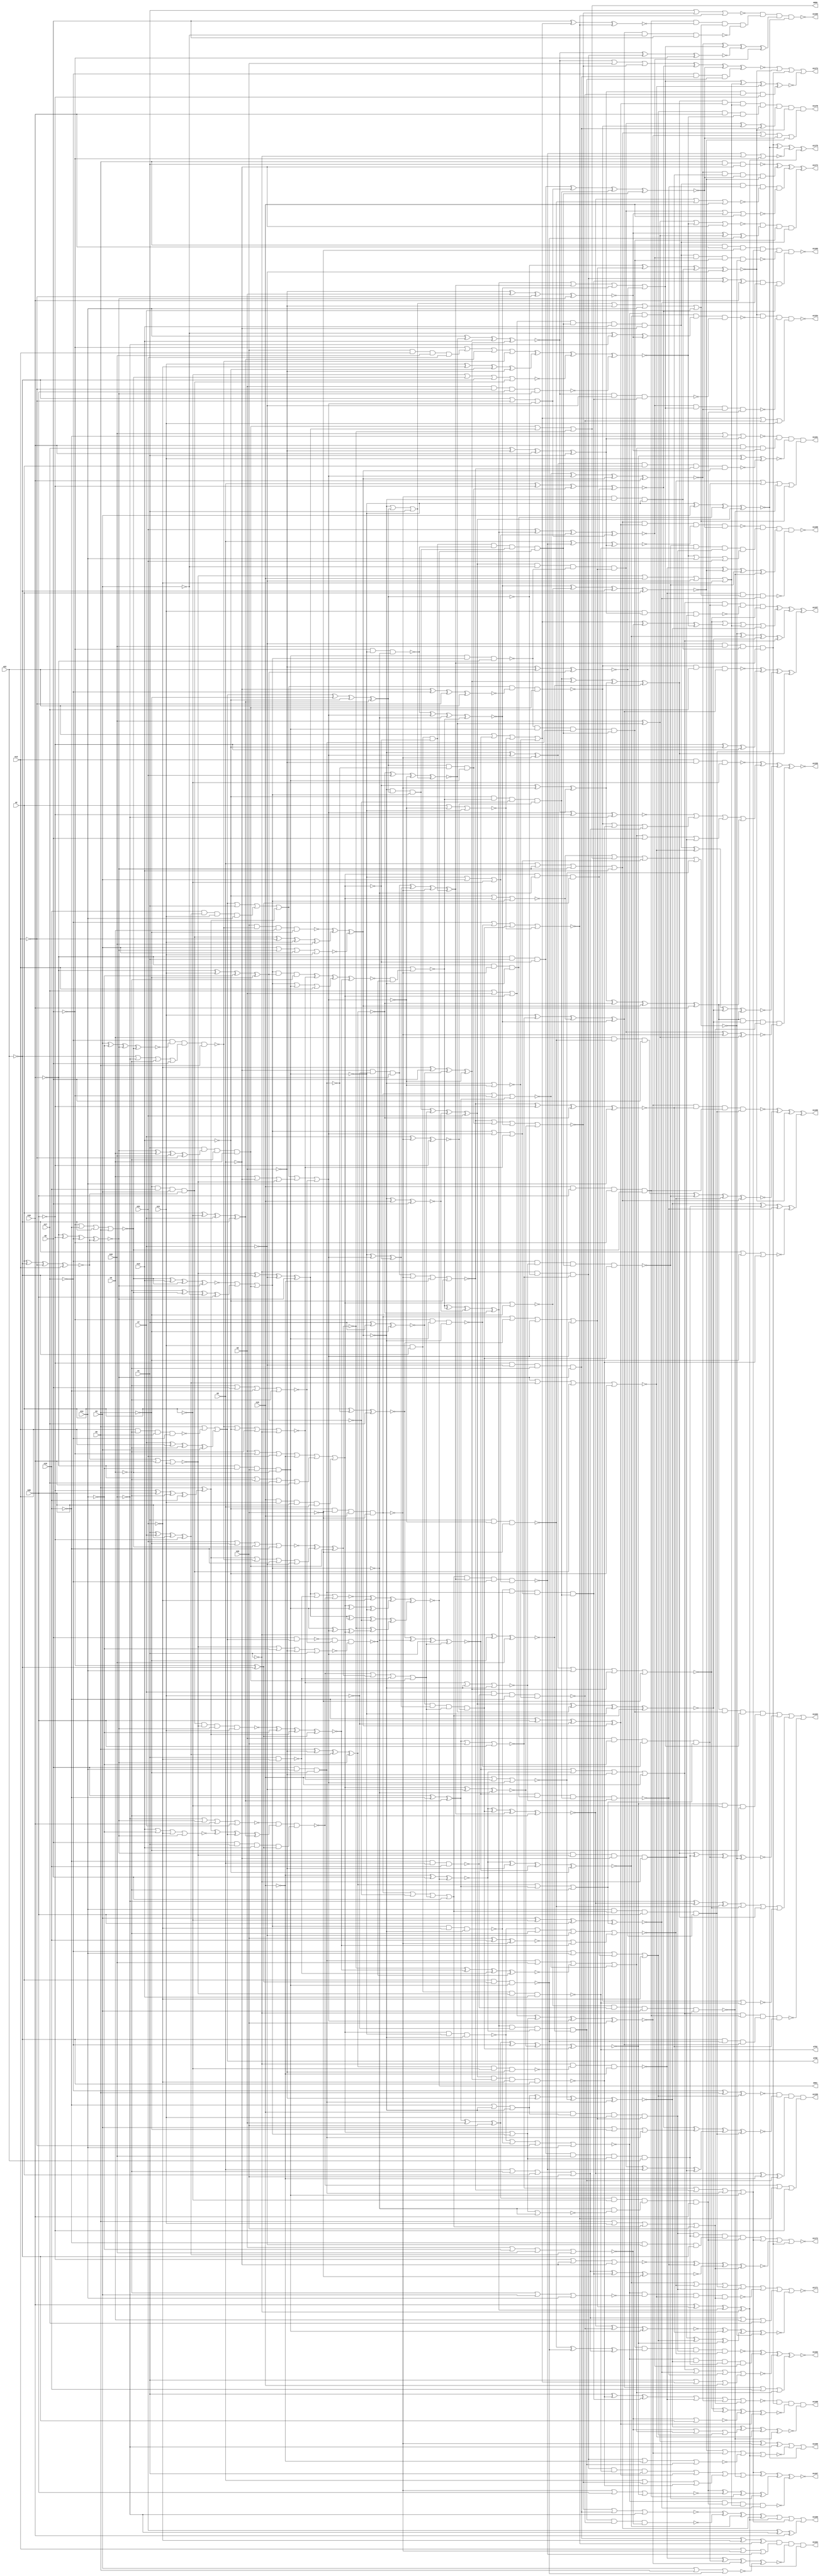
// Benchmark C:\Users\Lucas Nestor\Documents\osu\sp21\esl\circuit_generation\Stats\5_24_randomized_params\Stat_1153_20_2 written by SynthGen on 2021/05/24 19:42:17
module Stat_1153_20_2( n1, n2, n3, n4, n5, n6, n7, n8,
 n9, n10, n11, n12, n13, n14, n15, n16,
 n17, n18, n19, n20, n21, n22,
 n792, n798, n959, n961, n1163, n1162, n1174, n1157,
 n1156, n1159, n1172, n1169, n1171, n1158, n1164, n1161,
 n1165, n1173, n1166, n1154, n1175, n1167, n1168, n1155,
 n1160, n1170);

input n1, n2, n3, n4, n5, n6, n7, n8,
 n9, n10, n11, n12, n13, n14, n15, n16,
 n17, n18, n19, n20, n21, n22;

output n792, n798, n959, n961, n1163, n1162, n1174, n1157,
 n1156, n1159, n1172, n1169, n1171, n1158, n1164, n1161,
 n1165, n1173, n1166, n1154, n1175, n1167, n1168, n1155,
 n1160, n1170;

wire n23, n24, n25, n26, n27, n28, n29, n30,
 n31, n32, n33, n34, n35, n36, n37, n38,
 n39, n40, n41, n42, n43, n44, n45, n46,
 n47, n48, n49, n50, n51, n52, n53, n54,
 n55, n56, n57, n58, n59, n60, n61, n62,
 n63, n64, n65, n66, n67, n68, n69, n70,
 n71, n72, n73, n74, n75, n76, n77, n78,
 n79, n80, n81, n82, n83, n84, n85, n86,
 n87, n88, n89, n90, n91, n92, n93, n94,
 n95, n96, n97, n98, n99, n100, n101, n102,
 n103, n104, n105, n106, n107, n108, n109, n110,
 n111, n112, n113, n114, n115, n116, n117, n118,
 n119, n120, n121, n122, n123, n124, n125, n126,
 n127, n128, n129, n130, n131, n132, n133, n134,
 n135, n136, n137, n138, n139, n140, n141, n142,
 n143, n144, n145, n146, n147, n148, n149, n150,
 n151, n152, n153, n154, n155, n156, n157, n158,
 n159, n160, n161, n162, n163, n164, n165, n166,
 n167, n168, n169, n170, n171, n172, n173, n174,
 n175, n176, n177, n178, n179, n180, n181, n182,
 n183, n184, n185, n186, n187, n188, n189, n190,
 n191, n192, n193, n194, n195, n196, n197, n198,
 n199, n200, n201, n202, n203, n204, n205, n206,
 n207, n208, n209, n210, n211, n212, n213, n214,
 n215, n216, n217, n218, n219, n220, n221, n222,
 n223, n224, n225, n226, n227, n228, n229, n230,
 n231, n232, n233, n234, n235, n236, n237, n238,
 n239, n240, n241, n242, n243, n244, n245, n246,
 n247, n248, n249, n250, n251, n252, n253, n254,
 n255, n256, n257, n258, n259, n260, n261, n262,
 n263, n264, n265, n266, n267, n268, n269, n270,
 n271, n272, n273, n274, n275, n276, n277, n278,
 n279, n280, n281, n282, n283, n284, n285, n286,
 n287, n288, n289, n290, n291, n292, n293, n294,
 n295, n296, n297, n298, n299, n300, n301, n302,
 n303, n304, n305, n306, n307, n308, n309, n310,
 n311, n312, n313, n314, n315, n316, n317, n318,
 n319, n320, n321, n322, n323, n324, n325, n326,
 n327, n328, n329, n330, n331, n332, n333, n334,
 n335, n336, n337, n338, n339, n340, n341, n342,
 n343, n344, n345, n346, n347, n348, n349, n350,
 n351, n352, n353, n354, n355, n356, n357, n358,
 n359, n360, n361, n362, n363, n364, n365, n366,
 n367, n368, n369, n370, n371, n372, n373, n374,
 n375, n376, n377, n378, n379, n380, n381, n382,
 n383, n384, n385, n386, n387, n388, n389, n390,
 n391, n392, n393, n394, n395, n396, n397, n398,
 n399, n400, n401, n402, n403, n404, n405, n406,
 n407, n408, n409, n410, n411, n412, n413, n414,
 n415, n416, n417, n418, n419, n420, n421, n422,
 n423, n424, n425, n426, n427, n428, n429, n430,
 n431, n432, n433, n434, n435, n436, n437, n438,
 n439, n440, n441, n442, n443, n444, n445, n446,
 n447, n448, n449, n450, n451, n452, n453, n454,
 n455, n456, n457, n458, n459, n460, n461, n462,
 n463, n464, n465, n466, n467, n468, n469, n470,
 n471, n472, n473, n474, n475, n476, n477, n478,
 n479, n480, n481, n482, n483, n484, n485, n486,
 n487, n488, n489, n490, n491, n492, n493, n494,
 n495, n496, n497, n498, n499, n500, n501, n502,
 n503, n504, n505, n506, n507, n508, n509, n510,
 n511, n512, n513, n514, n515, n516, n517, n518,
 n519, n520, n521, n522, n523, n524, n525, n526,
 n527, n528, n529, n530, n531, n532, n533, n534,
 n535, n536, n537, n538, n539, n540, n541, n542,
 n543, n544, n545, n546, n547, n548, n549, n550,
 n551, n552, n553, n554, n555, n556, n557, n558,
 n559, n560, n561, n562, n563, n564, n565, n566,
 n567, n568, n569, n570, n571, n572, n573, n574,
 n575, n576, n577, n578, n579, n580, n581, n582,
 n583, n584, n585, n586, n587, n588, n589, n590,
 n591, n592, n593, n594, n595, n596, n597, n598,
 n599, n600, n601, n602, n603, n604, n605, n606,
 n607, n608, n609, n610, n611, n612, n613, n614,
 n615, n616, n617, n618, n619, n620, n621, n622,
 n623, n624, n625, n626, n627, n628, n629, n630,
 n631, n632, n633, n634, n635, n636, n637, n638,
 n639, n640, n641, n642, n643, n644, n645, n646,
 n647, n648, n649, n650, n651, n652, n653, n654,
 n655, n656, n657, n658, n659, n660, n661, n662,
 n663, n664, n665, n666, n667, n668, n669, n670,
 n671, n672, n673, n674, n675, n676, n677, n678,
 n679, n680, n681, n682, n683, n684, n685, n686,
 n687, n688, n689, n690, n691, n692, n693, n694,
 n695, n696, n697, n698, n699, n700, n701, n702,
 n703, n704, n705, n706, n707, n708, n709, n710,
 n711, n712, n713, n714, n715, n716, n717, n718,
 n719, n720, n721, n722, n723, n724, n725, n726,
 n727, n728, n729, n730, n731, n732, n733, n734,
 n735, n736, n737, n738, n739, n740, n741, n742,
 n743, n744, n745, n746, n747, n748, n749, n750,
 n751, n752, n753, n754, n755, n756, n757, n758,
 n759, n760, n761, n762, n763, n764, n765, n766,
 n767, n768, n769, n770, n771, n772, n773, n774,
 n775, n776, n777, n778, n779, n780, n781, n782,
 n783, n784, n785, n786, n787, n788, n789, n790,
 n791, n793, n794, n795, n796, n797, n799, n800,
 n801, n802, n803, n804, n805, n806, n807, n808,
 n809, n810, n811, n812, n813, n814, n815, n816,
 n817, n818, n819, n820, n821, n822, n823, n824,
 n825, n826, n827, n828, n829, n830, n831, n832,
 n833, n834, n835, n836, n837, n838, n839, n840,
 n841, n842, n843, n844, n845, n846, n847, n848,
 n849, n850, n851, n852, n853, n854, n855, n856,
 n857, n858, n859, n860, n861, n862, n863, n864,
 n865, n866, n867, n868, n869, n870, n871, n872,
 n873, n874, n875, n876, n877, n878, n879, n880,
 n881, n882, n883, n884, n885, n886, n887, n888,
 n889, n890, n891, n892, n893, n894, n895, n896,
 n897, n898, n899, n900, n901, n902, n903, n904,
 n905, n906, n907, n908, n909, n910, n911, n912,
 n913, n914, n915, n916, n917, n918, n919, n920,
 n921, n922, n923, n924, n925, n926, n927, n928,
 n929, n930, n931, n932, n933, n934, n935, n936,
 n937, n938, n939, n940, n941, n942, n943, n944,
 n945, n946, n947, n948, n949, n950, n951, n952,
 n953, n954, n955, n956, n957, n958, n960, n962,
 n963, n964, n965, n966, n967, n968, n969, n970,
 n971, n972, n973, n974, n975, n976, n977, n978,
 n979, n980, n981, n982, n983, n984, n985, n986,
 n987, n988, n989, n990, n991, n992, n993, n994,
 n995, n996, n997, n998, n999, n1000, n1001, n1002,
 n1003, n1004, n1005, n1006, n1007, n1008, n1009, n1010,
 n1011, n1012, n1013, n1014, n1015, n1016, n1017, n1018,
 n1019, n1020, n1021, n1022, n1023, n1024, n1025, n1026,
 n1027, n1028, n1029, n1030, n1031, n1032, n1033, n1034,
 n1035, n1036, n1037, n1038, n1039, n1040, n1041, n1042,
 n1043, n1044, n1045, n1046, n1047, n1048, n1049, n1050,
 n1051, n1052, n1053, n1054, n1055, n1056, n1057, n1058,
 n1059, n1060, n1061, n1062, n1063, n1064, n1065, n1066,
 n1067, n1068, n1069, n1070, n1071, n1072, n1073, n1074,
 n1075, n1076, n1077, n1078, n1079, n1080, n1081, n1082,
 n1083, n1084, n1085, n1086, n1087, n1088, n1089, n1090,
 n1091, n1092, n1093, n1094, n1095, n1096, n1097, n1098,
 n1099, n1100, n1101, n1102, n1103, n1104, n1105, n1106,
 n1107, n1108, n1109, n1110, n1111, n1112, n1113, n1114,
 n1115, n1116, n1117, n1118, n1119, n1120, n1121, n1122,
 n1123, n1124, n1125, n1126, n1127, n1128, n1129, n1130,
 n1131, n1132, n1133, n1134, n1135, n1136, n1137, n1138,
 n1139, n1140, n1141, n1142, n1143, n1144, n1145, n1146,
 n1147, n1148, n1149, n1150, n1151, n1152, n1153;

not  g0 (n107, n11);
not  g1 (n53, n10);
not  g2 (n98, n20);
buf  g3 (n84, n13);
not  g4 (n30, n4);
not  g5 (n93, n16);
buf  g6 (n102, n1);
not  g7 (n50, n17);
not  g8 (n96, n11);
buf  g9 (n54, n7);
buf  g10 (n68, n15);
buf  g11 (n88, n22);
not  g12 (n110, n1);
not  g13 (n82, n12);
not  g14 (n73, n5);
not  g15 (n33, n15);
not  g16 (n52, n19);
buf  g17 (n62, n11);
not  g18 (n46, n16);
not  g19 (n38, n12);
not  g20 (n61, n7);
buf  g21 (n70, n13);
not  g22 (n76, n10);
buf  g23 (n25, n4);
buf  g24 (n74, n4);
buf  g25 (n32, n3);
not  g26 (n80, n19);
not  g27 (n37, n4);
buf  g28 (n78, n8);
not  g29 (n75, n14);
buf  g30 (n35, n8);
buf  g31 (n44, n21);
not  g32 (n104, n13);
not  g33 (n55, n18);
buf  g34 (n72, n13);
not  g35 (n51, n19);
not  g36 (n95, n16);
buf  g37 (n42, n6);
not  g38 (n40, n10);
not  g39 (n36, n9);
not  g40 (n47, n21);
not  g41 (n87, n19);
buf  g42 (n45, n16);
buf  g43 (n86, n22);
not  g44 (n103, n17);
not  g45 (n100, n3);
buf  g46 (n34, n14);
buf  g47 (n79, n8);
buf  g48 (n31, n6);
buf  g49 (n94, n10);
not  g50 (n49, n2);
not  g51 (n43, n3);
buf  g52 (n83, n9);
not  g53 (n41, n15);
buf  g54 (n105, n12);
not  g55 (n90, n2);
buf  g56 (n92, n14);
not  g57 (n65, n3);
buf  g58 (n64, n21);
not  g59 (n27, n5);
not  g60 (n26, n5);
buf  g61 (n48, n18);
not  g62 (n77, n9);
buf  g63 (n85, n6);
not  g64 (n29, n17);
buf  g65 (n56, n7);
buf  g66 (n63, n5);
not  g67 (n24, n1);
not  g68 (n23, n18);
not  g69 (n60, n17);
not  g70 (n67, n20);
buf  g71 (n108, n22);
buf  g72 (n81, n7);
not  g73 (n69, n21);
buf  g74 (n97, n2);
buf  g75 (n99, n20);
buf  g76 (n106, n1);
buf  g77 (n57, n18);
not  g78 (n59, n20);
not  g79 (n91, n9);
buf  g80 (n66, n15);
not  g81 (n109, n22);
buf  g82 (n89, n8);
buf  g83 (n101, n12);
buf  g84 (n58, n11);
buf  g85 (n71, n6);
not  g86 (n28, n14);
buf  g87 (n39, n2);
not  g88 (n390, n88);
not  g89 (n241, n28);
buf  g90 (n113, n26);
not  g91 (n146, n44);
not  g92 (n298, n96);
buf  g93 (n315, n62);
buf  g94 (n358, n88);
not  g95 (n295, n67);
buf  g96 (n306, n97);
buf  g97 (n222, n87);
not  g98 (n258, n73);
buf  g99 (n225, n63);
not  g100 (n195, n98);
not  g101 (n294, n64);
not  g102 (n310, n99);
not  g103 (n169, n43);
buf  g104 (n190, n108);
not  g105 (n453, n65);
not  g106 (n249, n46);
buf  g107 (n205, n52);
not  g108 (n313, n40);
buf  g109 (n280, n67);
buf  g110 (n250, n36);
buf  g111 (n409, n88);
buf  g112 (n174, n60);
buf  g113 (n179, n92);
not  g114 (n121, n106);
not  g115 (n340, n92);
buf  g116 (n213, n32);
not  g117 (n426, n86);
buf  g118 (n286, n36);
not  g119 (n263, n27);
buf  g120 (n439, n58);
not  g121 (n383, n48);
not  g122 (n418, n75);
buf  g123 (n337, n82);
not  g124 (n207, n56);
not  g125 (n406, n81);
not  g126 (n323, n81);
buf  g127 (n212, n47);
buf  g128 (n376, n39);
buf  g129 (n299, n32);
buf  g130 (n118, n92);
not  g131 (n303, n81);
buf  g132 (n317, n68);
not  g133 (n292, n42);
not  g134 (n233, n70);
not  g135 (n437, n90);
not  g136 (n265, n105);
not  g137 (n279, n73);
not  g138 (n391, n24);
not  g139 (n287, n47);
not  g140 (n132, n24);
buf  g141 (n382, n48);
not  g142 (n341, n86);
buf  g143 (n304, n102);
buf  g144 (n434, n94);
not  g145 (n199, n66);
not  g146 (n264, n26);
buf  g147 (n202, n77);
buf  g148 (n324, n50);
not  g149 (n343, n78);
buf  g150 (n136, n28);
buf  g151 (n380, n103);
buf  g152 (n175, n61);
not  g153 (n411, n33);
buf  g154 (n447, n104);
buf  g155 (n442, n85);
buf  g156 (n262, n71);
buf  g157 (n374, n43);
buf  g158 (n339, n100);
buf  g159 (n452, n34);
buf  g160 (n415, n50);
buf  g161 (n256, n42);
buf  g162 (n166, n30);
buf  g163 (n230, n108);
buf  g164 (n328, n53);
not  g165 (n122, n80);
buf  g166 (n234, n32);
buf  g167 (n261, n80);
not  g168 (n384, n99);
buf  g169 (n318, n60);
buf  g170 (n257, n64);
not  g171 (n277, n66);
not  g172 (n274, n27);
buf  g173 (n289, n68);
not  g174 (n117, n88);
buf  g175 (n111, n57);
not  g176 (n236, n45);
buf  g177 (n240, n104);
not  g178 (n217, n83);
not  g179 (n346, n102);
not  g180 (n273, n74);
buf  g181 (n229, n67);
not  g182 (n260, n97);
not  g183 (n291, n51);
not  g184 (n319, n45);
not  g185 (n201, n40);
not  g186 (n284, n49);
not  g187 (n422, n108);
not  g188 (n177, n79);
buf  g189 (n367, n28);
buf  g190 (n401, n48);
buf  g191 (n393, n72);
buf  g192 (n191, n61);
not  g193 (n445, n97);
buf  g194 (n345, n41);
buf  g195 (n235, n71);
not  g196 (n246, n65);
buf  g197 (n115, n35);
not  g198 (n395, n44);
not  g199 (n369, n95);
buf  g200 (n278, n41);
not  g201 (n377, n107);
buf  g202 (n413, n55);
buf  g203 (n128, n35);
buf  g204 (n251, n80);
buf  g205 (n275, n83);
not  g206 (n316, n106);
buf  g207 (n360, n101);
not  g208 (n402, n84);
buf  g209 (n145, n75);
not  g210 (n446, n77);
buf  g211 (n267, n69);
buf  g212 (n160, n37);
buf  g213 (n331, n49);
not  g214 (n206, n64);
buf  g215 (n405, n23);
not  g216 (n435, n93);
not  g217 (n397, n37);
not  g218 (n394, n25);
buf  g219 (n255, n59);
buf  g220 (n165, n45);
not  g221 (n125, n53);
not  g222 (n215, n89);
buf  g223 (n312, n69);
buf  g224 (n432, n62);
buf  g225 (n444, n75);
buf  g226 (n149, n31);
not  g227 (n144, n89);
buf  g228 (n398, n78);
buf  g229 (n150, n96);
buf  g230 (n158, n23);
buf  g231 (n112, n37);
not  g232 (n335, n38);
buf  g233 (n300, n101);
not  g234 (n427, n41);
buf  g235 (n410, n47);
not  g236 (n269, n69);
buf  g237 (n147, n57);
not  g238 (n407, n37);
not  g239 (n314, n98);
not  g240 (n363, n57);
not  g241 (n139, n96);
not  g242 (n424, n56);
buf  g243 (n354, n99);
not  g244 (n387, n79);
buf  g245 (n211, n87);
not  g246 (n309, n67);
not  g247 (n326, n42);
buf  g248 (n414, n84);
buf  g249 (n214, n28);
buf  g250 (n428, n27);
buf  g251 (n378, n91);
buf  g252 (n172, n51);
not  g253 (n259, n39);
not  g254 (n334, n52);
not  g255 (n403, n93);
buf  g256 (n436, n43);
buf  g257 (n220, n96);
buf  g258 (n219, n71);
not  g259 (n283, n84);
buf  g260 (n288, n70);
buf  g261 (n140, n95);
not  g262 (n189, n77);
not  g263 (n182, n59);
buf  g264 (n336, n86);
buf  g265 (n124, n108);
buf  g266 (n218, n59);
not  g267 (n114, n102);
buf  g268 (n448, n68);
buf  g269 (n252, n92);
not  g270 (n186, n107);
buf  g271 (n173, n30);
buf  g272 (n420, n103);
buf  g273 (n359, n80);
not  g274 (n171, n70);
buf  g275 (n194, n90);
not  g276 (n440, n40);
buf  g277 (n301, n107);
buf  g278 (n221, n40);
buf  g279 (n148, n86);
not  g280 (n272, n24);
buf  g281 (n242, n29);
buf  g282 (n399, n34);
buf  g283 (n170, n23);
buf  g284 (n181, n41);
buf  g285 (n308, n79);
not  g286 (n167, n51);
not  g287 (n133, n106);
buf  g288 (n322, n61);
not  g289 (n438, n56);
buf  g290 (n404, n104);
buf  g291 (n227, n25);
not  g292 (n385, n87);
buf  g293 (n356, n25);
buf  g294 (n134, n91);
not  g295 (n184, n85);
buf  g296 (n126, n61);
buf  g297 (n327, n39);
not  g298 (n163, n72);
buf  g299 (n130, n105);
not  g300 (n187, n33);
buf  g301 (n325, n34);
not  g302 (n129, n101);
buf  g303 (n281, n58);
buf  g304 (n381, n83);
buf  g305 (n348, n82);
not  g306 (n153, n53);
not  g307 (n450, n45);
not  g308 (n154, n100);
buf  g309 (n231, n55);
buf  g310 (n425, n62);
not  g311 (n349, n47);
buf  g312 (n423, n50);
not  g313 (n197, n94);
buf  g314 (n185, n49);
not  g315 (n350, n33);
buf  g316 (n237, n75);
buf  g317 (n151, n69);
buf  g318 (n178, n81);
not  g319 (n243, n78);
not  g320 (n386, n43);
not  g321 (n198, n105);
buf  g322 (n276, n85);
not  g323 (n296, n72);
not  g324 (n152, n103);
not  g325 (n375, n55);
buf  g326 (n372, n104);
buf  g327 (n364, n63);
not  g328 (n142, n46);
buf  g329 (n119, n58);
buf  g330 (n270, n91);
not  g331 (n311, n36);
buf  g332 (n183, n97);
buf  g333 (n266, n68);
not  g334 (n138, n73);
not  g335 (n431, n66);
buf  g336 (n379, n54);
not  g337 (n305, n31);
buf  g338 (n164, n38);
buf  g339 (n408, n30);
not  g340 (n362, n93);
buf  g341 (n338, n106);
not  g342 (n451, n100);
not  g343 (n247, n38);
not  g344 (n200, n53);
not  g345 (n392, n89);
buf  g346 (n429, n63);
buf  g347 (n188, n77);
not  g348 (n176, n27);
buf  g349 (n293, n101);
not  g350 (n253, n55);
not  g351 (n123, n38);
not  g352 (n141, n52);
buf  g353 (n344, n46);
buf  g354 (n120, n54);
not  g355 (n290, n70);
not  g356 (n239, n62);
not  g357 (n333, n29);
not  g358 (n271, n78);
not  g359 (n155, n36);
not  g360 (n297, n71);
buf  g361 (n371, n74);
not  g362 (n357, n44);
not  g363 (n370, n79);
buf  g364 (n159, n94);
buf  g365 (n208, n76);
not  g366 (n400, n34);
not  g367 (n162, n103);
buf  g368 (n116, n31);
not  g369 (n342, n59);
not  g370 (n389, n99);
buf  g371 (n285, n54);
buf  g372 (n204, n85);
not  g373 (n366, n48);
buf  g374 (n449, n52);
buf  g375 (n302, n60);
buf  g376 (n210, n90);
not  g377 (n223, n63);
buf  g378 (n421, n107);
not  g379 (n396, n29);
buf  g380 (n388, n51);
not  g381 (n307, n74);
not  g382 (n216, n42);
not  g383 (n203, n105);
not  g384 (n127, n26);
buf  g385 (n196, n87);
buf  g386 (n137, n58);
buf  g387 (n282, n102);
buf  g388 (n321, n94);
buf  g389 (n180, n72);
not  g390 (n254, n60);
not  g391 (n168, n76);
buf  g392 (n228, n24);
not  g393 (n245, n25);
not  g394 (n238, n100);
not  g395 (n192, n44);
not  g396 (n143, n56);
buf  g397 (n351, n91);
not  g398 (n419, n54);
not  g399 (n365, n49);
buf  g400 (n248, n26);
buf  g401 (n209, n30);
not  g402 (n330, n23);
not  g403 (n268, n76);
buf  g404 (n454, n82);
buf  g405 (n441, n29);
buf  g406 (n433, n50);
not  g407 (n443, n98);
buf  g408 (n347, n98);
not  g409 (n329, n82);
not  g410 (n131, n31);
buf  g411 (n430, n90);
not  g412 (n353, n32);
not  g413 (n412, n46);
not  g414 (n361, n66);
not  g415 (n224, n95);
buf  g416 (n193, n35);
not  g417 (n135, n95);
buf  g418 (n416, n84);
buf  g419 (n156, n73);
not  g420 (n161, n83);
not  g421 (n373, n64);
not  g422 (n232, n39);
buf  g423 (n332, n74);
not  g424 (n320, n65);
buf  g425 (n157, n33);
not  g426 (n417, n93);
not  g427 (n226, n76);
not  g428 (n244, n89);
buf  g429 (n368, n57);
buf  g430 (n355, n65);
not  g431 (n352, n35);
buf  g432 (n628, n234);
buf  g433 (n587, n122);
buf  g434 (n675, n373);
buf  g435 (n667, n315);
buf  g436 (n676, n238);
buf  g437 (n589, n254);
not  g438 (n478, n236);
buf  g439 (n653, n211);
not  g440 (n641, n216);
not  g441 (n548, n282);
buf  g442 (n522, n165);
not  g443 (n688, n155);
buf  g444 (n605, n276);
not  g445 (n476, n219);
buf  g446 (n511, n372);
not  g447 (n582, n330);
buf  g448 (n669, n308);
buf  g449 (n594, n240);
not  g450 (n515, n239);
buf  g451 (n520, n264);
buf  g452 (n693, n167);
not  g453 (n492, n251);
not  g454 (n531, n337);
not  g455 (n483, n280);
buf  g456 (n664, n255);
buf  g457 (n597, n363);
not  g458 (n622, n192);
not  g459 (n464, n183);
not  g460 (n658, n268);
buf  g461 (n497, n299);
not  g462 (n636, n375);
not  g463 (n460, n259);
not  g464 (n543, n289);
buf  g465 (n540, n343);
not  g466 (n500, n179);
not  g467 (n640, n228);
not  g468 (n561, n168);
buf  g469 (n519, n116);
not  g470 (n706, n333);
buf  g471 (n612, n172);
not  g472 (n717, n244);
buf  g473 (n484, n344);
buf  g474 (n506, n233);
buf  g475 (n526, n341);
not  g476 (n695, n279);
not  g477 (n678, n128);
buf  g478 (n595, n366);
buf  g479 (n538, n371);
buf  g480 (n643, n326);
buf  g481 (n705, n121);
not  g482 (n498, n209);
buf  g483 (n701, n364);
not  g484 (n647, n367);
not  g485 (n603, n360);
buf  g486 (n635, n295);
buf  g487 (n652, n294);
not  g488 (n475, n150);
not  g489 (n558, n374);
not  g490 (n691, n277);
not  g491 (n720, n114);
not  g492 (n521, n199);
not  g493 (n474, n307);
not  g494 (n586, n328);
buf  g495 (n591, n217);
buf  g496 (n549, n313);
not  g497 (n513, n296);
not  g498 (n662, n317);
buf  g499 (n651, n169);
buf  g500 (n655, n229);
not  g501 (n683, n113);
buf  g502 (n562, n298);
buf  g503 (n629, n250);
buf  g504 (n479, n325);
buf  g505 (n552, n272);
buf  g506 (n539, n306);
buf  g507 (n670, n186);
buf  g508 (n523, n348);
buf  g509 (n510, n257);
buf  g510 (n639, n245);
buf  g511 (n455, n370);
not  g512 (n596, n133);
buf  g513 (n686, n349);
buf  g514 (n546, n119);
not  g515 (n576, n120);
not  g516 (n575, n231);
not  g517 (n713, n152);
buf  g518 (n637, n124);
not  g519 (n490, n287);
buf  g520 (n516, n300);
not  g521 (n661, n178);
not  g522 (n602, n158);
buf  g523 (n660, n314);
not  g524 (n610, n278);
buf  g525 (n709, n241);
buf  g526 (n710, n196);
buf  g527 (n617, n310);
buf  g528 (n625, n157);
not  g529 (n524, n204);
buf  g530 (n545, n146);
not  g531 (n489, n225);
not  g532 (n493, n297);
buf  g533 (n703, n227);
not  g534 (n467, n352);
buf  g535 (n465, n160);
buf  g536 (n624, n362);
buf  g537 (n495, n164);
not  g538 (n699, n135);
not  g539 (n459, n347);
buf  g540 (n588, n291);
buf  g541 (n638, n117);
buf  g542 (n657, n329);
not  g543 (n674, n324);
buf  g544 (n541, n214);
buf  g545 (n557, n187);
not  g546 (n583, n208);
not  g547 (n700, n321);
not  g548 (n466, n185);
not  g549 (n572, n207);
not  g550 (n458, n200);
not  g551 (n611, n222);
not  g552 (n554, n191);
buf  g553 (n537, n145);
buf  g554 (n716, n248);
not  g555 (n619, n267);
not  g556 (n618, n170);
not  g557 (n707, n127);
not  g558 (n491, n198);
buf  g559 (n461, n184);
not  g560 (n507, n258);
buf  g561 (n579, n355);
not  g562 (n599, n223);
buf  g563 (n604, n327);
not  g564 (n494, n309);
buf  g565 (n573, n288);
not  g566 (n477, n115);
buf  g567 (n518, n320);
not  g568 (n634, n260);
buf  g569 (n690, n205);
buf  g570 (n616, n273);
not  g571 (n481, n190);
not  g572 (n566, n256);
buf  g573 (n470, n351);
buf  g574 (n463, n141);
not  g575 (n544, n318);
not  g576 (n711, n226);
buf  g577 (n666, n266);
not  g578 (n528, n206);
buf  g579 (n584, n131);
not  g580 (n712, n215);
not  g581 (n564, n130);
not  g582 (n512, n358);
buf  g583 (n677, n175);
buf  g584 (n646, n147);
buf  g585 (n472, n247);
not  g586 (n671, n177);
buf  g587 (n719, n243);
not  g588 (n456, n202);
not  g589 (n650, n357);
buf  g590 (n680, n249);
buf  g591 (n697, n305);
buf  g592 (n621, n335);
buf  g593 (n536, n189);
buf  g594 (n718, n353);
buf  g595 (n694, n293);
not  g596 (n644, n144);
buf  g597 (n482, n230);
buf  g598 (n567, n292);
not  g599 (n708, n159);
not  g600 (n613, n336);
not  g601 (n684, n220);
not  g602 (n468, n193);
not  g603 (n620, n376);
buf  g604 (n606, n261);
not  g605 (n608, n224);
not  g606 (n668, n125);
not  g607 (n626, n232);
not  g608 (n714, n302);
buf  g609 (n601, n195);
buf  g610 (n457, n162);
buf  g611 (n574, n253);
buf  g612 (n535, n369);
not  g613 (n673, n180);
buf  g614 (n679, n161);
not  g615 (n532, n118);
buf  g616 (n631, n286);
not  g617 (n698, n213);
buf  g618 (n559, n263);
not  g619 (n501, n181);
buf  g620 (n663, n111);
buf  g621 (n517, n359);
not  g622 (n496, n346);
not  g623 (n530, n342);
buf  g624 (n534, n163);
buf  g625 (n682, n140);
not  g626 (n615, n143);
not  g627 (n648, n194);
buf  g628 (n485, n262);
not  g629 (n642, n174);
buf  g630 (n614, n156);
not  g631 (n565, n271);
not  g632 (n715, n284);
not  g633 (n585, n301);
buf  g634 (n627, n126);
buf  g635 (n581, n138);
not  g636 (n488, n149);
not  g637 (n471, n123);
buf  g638 (n480, n265);
not  g639 (n609, n203);
not  g640 (n499, n171);
buf  g641 (n578, n212);
buf  g642 (n577, n303);
not  g643 (n509, n345);
not  g644 (n473, n323);
buf  g645 (n630, n142);
buf  g646 (n503, n129);
not  g647 (n702, n350);
not  g648 (n681, n356);
not  g649 (n696, n237);
buf  g650 (n462, n270);
not  g651 (n659, n153);
not  g652 (n689, n112);
buf  g653 (n555, n197);
not  g654 (n560, n368);
buf  g655 (n704, n331);
not  g656 (n533, n274);
buf  g657 (n486, n173);
buf  g658 (n563, n201);
buf  g659 (n656, n188);
not  g660 (n571, n285);
buf  g661 (n502, n242);
buf  g662 (n525, n269);
not  g663 (n580, n275);
buf  g664 (n529, n137);
not  g665 (n547, n339);
buf  g666 (n514, n136);
not  g667 (n504, n134);
buf  g668 (n672, n154);
not  g669 (n665, n361);
not  g670 (n550, n332);
buf  g671 (n632, n304);
not  g672 (n487, n252);
buf  g673 (n592, n132);
buf  g674 (n553, n166);
not  g675 (n654, n139);
not  g676 (n568, n311);
buf  g677 (n607, n218);
buf  g678 (n593, n354);
not  g679 (n556, n221);
buf  g680 (n623, n338);
not  g681 (n570, n148);
buf  g682 (n692, n246);
not  g683 (n687, n151);
not  g684 (n590, n283);
buf  g685 (n551, n334);
buf  g686 (n508, n319);
buf  g687 (n542, n235);
not  g688 (n569, n290);
buf  g689 (n598, n322);
buf  g690 (n505, n182);
not  g691 (n685, n176);
buf  g692 (n600, n316);
not  g693 (n469, n340);
not  g694 (n633, n365);
buf  g695 (n527, n210);
not  g696 (n645, n281);
buf  g697 (n649, n312);
not  g698 (n732, n456);
not  g699 (n724, n474);
buf  g700 (n740, n109);
buf  g701 (n731, n465);
not  g702 (n738, n458);
not  g703 (n726, n470);
not  g704 (n734, n467);
not  g705 (n727, n110);
buf  g706 (n736, n469);
not  g707 (n741, n110);
buf  g708 (n737, n461);
not  g709 (n739, n462);
not  g710 (n728, n463);
buf  g711 (n723, n475);
not  g712 (n729, n455);
buf  g713 (n722, n459);
not  g714 (n725, n457);
buf  g715 (n735, n110);
xor  g716 (n733, n468, n109);
xnor g717 (n721, n466, n109, n471, n472);
xor  g718 (n730, n460, n464, n473, n109);
nor  g719 (n744, n387, n388, n390, n381);
and  g720 (n743, n378, n385, n386, n721);
xnor g721 (n742, n391, n379, n722, n389);
nor  g722 (n745, n721, n721, n382, n377);
xor  g723 (n746, n383, n384, n380, n721);
buf  g724 (n756, n744);
buf  g725 (n754, n745);
buf  g726 (n752, n743);
not  g727 (n750, n746);
buf  g728 (n755, n745);
buf  g729 (n753, n744);
not  g730 (n748, n746);
not  g731 (n751, n746);
not  g732 (n749, n742);
not  g733 (n747, n746);
or   g734 (n757, n570, n555, n724, n565);
xnor g735 (n769, n756, n573, n753, n748);
and  g736 (n767, n509, n723, n722, n559);
or   g737 (n796, n581, n748, n750, n499);
nor  g738 (n766, n569, n537, n545, n747);
and  g739 (n764, n492, n749, n723, n479);
nand g740 (n792, n562, n481, n755, n513);
and  g741 (n794, n501, n483, n477, n753);
xnor g742 (n784, n533, n502, n564, n482);
xnor g743 (n773, n560, n529, n514, n568);
nor  g744 (n787, n519, n500, n556, n749);
xor  g745 (n776, n486, n756, n579, n722);
nor  g746 (n775, n561, n751, n574, n554);
or   g747 (n786, n520, n724, n539, n522);
and  g748 (n785, n582, n532, n535, n753);
nand g749 (n770, n542, n480, n505, n750);
or   g750 (n774, n498, n507, n755);
xor  g751 (n779, n752, n495, n546, n563);
xor  g752 (n758, n572, n516, n724, n547);
and  g753 (n790, n530, n577, n724, n747);
nor  g754 (n793, n750, n749, n752, n511);
or   g755 (n795, n755, n557, n576, n578);
xnor g756 (n781, n536, n566, n749, n747);
and  g757 (n771, n506, n508, n521, n484);
nand g758 (n762, n752, n754, n751, n515);
xor  g759 (n780, n723, n490, n534, n524);
xor  g760 (n760, n494, n722, n553, n551);
xnor g761 (n791, n567, n493, n523, n751);
xnor g762 (n783, n754, n512, n571, n748);
nor  g763 (n778, n525, n580, n753, n517);
nand g764 (n761, n531, n550, n504, n725);
nor  g765 (n772, n558, n751, n497, n723);
nor  g766 (n777, n754, n541, n488, n496);
xor  g767 (n788, n544, n476, n575, n552);
xnor g768 (n759, n518, n487, n748, n756);
and  g769 (n765, n478, n491, n583, n510);
and  g770 (n789, n750, n754, n489, n548);
xor  g771 (n763, n747, n538, n549, n503);
nor  g772 (n768, n527, n756, n526, n752);
or   g773 (n782, n485, n540, n528, n543);
xor  g774 (n801, n726, n760);
buf  g775 (n799, n727);
or   g776 (n798, n726, n726, n761, n758);
nor  g777 (n797, n727, n725);
nand g778 (n800, n725, n759, n757, n726);
nand g779 (n806, n799, n395);
nand g780 (n805, n729, n798);
nand g781 (n802, n403, n800, n407, n732);
xor  g782 (n810, n801, n766, n798, n730);
xnor g783 (n803, n762, n400, n801, n733);
nor  g784 (n816, n800, n404, n731, n110);
and  g785 (n807, n729, n799, n393, n733);
nand g786 (n814, n729, n399, n732);
xor  g787 (n817, n798, n732, n402, n730);
or   g788 (n808, n801, n800, n728, n406);
or   g789 (n811, n798, n799, n764, n801);
or   g790 (n809, n405, n731, n396, n401);
or   g791 (n804, n392, n765, n730, n800);
xor  g792 (n815, n398, n728, n730);
and  g793 (n813, n799, n763, n731, n397);
nor  g794 (n812, n731, n729, n728, n394);
buf  g795 (n820, n785);
buf  g796 (n826, n803);
buf  g797 (n823, n771);
not  g798 (n830, n783);
buf  g799 (n828, n806);
not  g800 (n824, n781);
buf  g801 (n831, n813);
not  g802 (n825, n773);
or   g803 (n822, n811, n774, n812);
or   g804 (n821, n769, n776, n813);
xnor g805 (n827, n778, n808, n813);
nand g806 (n834, n811, n784, n813);
or   g807 (n819, n782, n809, n767);
xor  g808 (n818, n802, n779, n772);
nand g809 (n832, n775, n810, n807);
nand g810 (n829, n805, n812, n777);
xnor g811 (n833, n804, n780, n768, n770);
buf  g812 (n841, n819);
buf  g813 (n852, n819);
not  g814 (n843, n822);
buf  g815 (n856, n822);
not  g816 (n854, n823);
not  g817 (n835, n818);
buf  g818 (n838, n822);
buf  g819 (n851, n822);
not  g820 (n853, n820);
buf  g821 (n855, n821);
not  g822 (n839, n823);
not  g823 (n850, n820);
buf  g824 (n849, n821);
buf  g825 (n848, n820);
not  g826 (n837, n818);
not  g827 (n846, n818);
buf  g828 (n844, n819);
not  g829 (n836, n818);
not  g830 (n840, n819);
buf  g831 (n842, n821);
buf  g832 (n845, n820);
not  g833 (n847, n821);
buf  g834 (n864, n816);
buf  g835 (n872, n823);
not  g836 (n882, n851);
not  g837 (n893, n836);
not  g838 (n873, n824);
not  g839 (n930, n607);
not  g840 (n943, n601);
buf  g841 (n892, n637);
not  g842 (n890, n590);
not  g843 (n917, n845);
not  g844 (n895, n837);
buf  g845 (n885, n838);
not  g846 (n939, n814);
buf  g847 (n867, n609);
buf  g848 (n871, n619);
buf  g849 (n906, n602);
not  g850 (n858, n855);
not  g851 (n910, n850);
buf  g852 (n868, n734);
not  g853 (n921, n817);
not  g854 (n905, n814);
not  g855 (n860, n587);
buf  g856 (n874, n854);
not  g857 (n907, n824);
buf  g858 (n880, n856);
buf  g859 (n916, n618);
not  g860 (n898, n627);
buf  g861 (n883, n625);
not  g862 (n926, n635);
buf  g863 (n942, n854);
not  g864 (n870, n622);
buf  g865 (n908, n639);
not  g866 (n887, n849);
buf  g867 (n903, n851);
not  g868 (n859, n849);
buf  g869 (n941, n646);
buf  g870 (n857, n856);
not  g871 (n878, n825);
nand g872 (n904, n855, n410, n837);
or   g873 (n894, n612, n846, n836);
xnor g874 (n919, n852, n598, n847);
and  g875 (n925, n817, n814, n848);
nor  g876 (n901, n610, n816, n851);
xnor g877 (n862, n630, n588, n854);
and  g878 (n900, n852, n847, n733);
nand g879 (n922, n606, n599, n611);
xor  g880 (n937, n815, n641, n624);
nand g881 (n931, n824, n620, n584);
xnor g882 (n879, n632, n592, n629);
xor  g883 (n935, n837, n851, n839);
or   g884 (n913, n642, n605, n841);
xnor g885 (n923, n600, n591, n586);
and  g886 (n889, n835, n817, n849);
nand g887 (n912, n845, n855, n413);
nand g888 (n944, n604, n733, n848);
and  g889 (n918, n636, n854, n846);
xor  g890 (n865, n848, n838, n852);
nor  g891 (n933, n594, n852, n855);
xnor g892 (n896, n643, n409, n825);
and  g893 (n915, n839, n846, n853);
or   g894 (n897, n853, n628, n633);
or   g895 (n909, n824, n815, n408);
xnor g896 (n888, n615, n839, n617);
or   g897 (n891, n836, n817, n596);
nor  g898 (n920, n626, n843, n853);
nand g899 (n940, n623, n843, n608);
nor  g900 (n899, n836, n843);
and  g901 (n877, n638, n585, n840);
nor  g902 (n902, n816, n846, n837);
xor  g903 (n876, n853, n838, n840);
xnor g904 (n886, n835, n411, n644);
nand g905 (n934, n734, n845, n835);
nor  g906 (n863, n844, n842, n847);
nand g907 (n929, n841, n850, n835);
and  g908 (n927, n595, n640, n840);
xor  g909 (n869, n841, n845, n850);
nor  g910 (n928, n844, n841, n631);
nor  g911 (n936, n823, n734, n815);
xnor g912 (n884, n634, n814, n589);
and  g913 (n875, n614, n645, n597);
nand g914 (n881, n734, n850, n847);
xor  g915 (n924, n840, n839, n856);
or   g916 (n866, n849, n848, n621);
or   g917 (n914, n842, n838, n816);
and  g918 (n861, n842, n825, n616);
or   g919 (n911, n613, n603, n856);
or   g920 (n932, n842, n844);
nor  g921 (n938, n815, n412, n593);
buf  g922 (n949, n860);
not  g923 (n950, n859);
not  g924 (n946, n827);
not  g925 (n945, n825);
or   g926 (n952, n862, n826);
buf  g927 (n947, n826);
xor  g928 (n951, n827, n865);
and  g929 (n953, n858, n863);
xnor g930 (n948, n861, n864, n866, n826);
nand g931 (n954, n950, n831, n949, n832);
nor  g932 (n955, n830, n828, n832);
or   g933 (n958, n832, n946, n828, n831);
xor  g934 (n957, n830, n830, n945, n951);
or   g935 (n959, n831, n831, n830, n827);
and  g936 (n956, n948, n829);
xnor g937 (n960, n827, n947, n828, n829);
buf  g938 (n963, n958);
not  g939 (n962, n868);
nor  g940 (n964, n867, n956);
xnor g941 (n961, n955, n870, n869, n957);
or   g942 (n974, n872, n884, n885, n880);
xor  g943 (n978, n889, n963, n886, n871);
xnor g944 (n972, n883, n962, n961);
nor  g945 (n975, n875, n874, n883, n890);
xor  g946 (n970, n964, n964, n886, n873);
and  g947 (n965, n877, n881, n889, n961);
xnor g948 (n967, n873, n871, n882, n891);
or   g949 (n973, n872, n878, n963, n962);
xnor g950 (n969, n881, n880, n887, n964);
xor  g951 (n976, n875, n876, n874, n877);
and  g952 (n968, n890, n964, n878, n888);
xnor g953 (n977, n884, n887, n885, n963);
xor  g954 (n966, n870, n962, n879, n882);
and  g955 (n971, n879, n876, n963, n888);
xnor g956 (n1010, n650, n970, n897, n911);
xnor g957 (n1031, n917, n453, n918, n978);
and  g958 (n992, n735, n921, n938);
or   g959 (n1032, n938, n975, n939, n910);
and  g960 (n981, n970, n654, n972, n923);
nand g961 (n987, n973, n976, n433, n897);
nor  g962 (n1013, n929, n904, n454, n736);
xnor g963 (n1019, n429, n926, n925, n900);
xnor g964 (n1002, n913, n932, n903, n417);
xnor g965 (n997, n978, n967, n917, n973);
and  g966 (n998, n927, n738, n932, n892);
and  g967 (n1015, n442, n444, n934, n909);
and  g968 (n985, n904, n905, n914, n968);
xnor g969 (n1021, n927, n911, n968, n965);
and  g970 (n1027, n912, n910, n905, n965);
or   g971 (n983, n420, n647, n900, n649);
xor  g972 (n990, n738, n967);
xor  g973 (n1023, n924, n907, n893, n916);
xnor g974 (n1001, n972, n737, n977, n447);
and  g975 (n1012, n448, n894, n432, n974);
nand g976 (n1000, n423, n902, n965, n971);
and  g977 (n1033, n419, n440, n915, n976);
nand g978 (n979, n935, n437, n975, n895);
xnor g979 (n984, n972, n971, n976, n908);
nand g980 (n1009, n735, n931, n431);
or   g981 (n1022, n446, n439, n973, n435);
nor  g982 (n995, n975, n925, n969, n919);
or   g983 (n986, n939, n434, n960, n936);
and  g984 (n1007, n736, n973, n930, n896);
xor  g985 (n1003, n968, n966, n924, n923);
and  g986 (n999, n937, n445, n953, n906);
nand g987 (n1028, n928, n922, n451, n735);
xnor g988 (n1004, n651, n430, n930, n909);
nand g989 (n996, n898, n922, n449, n899);
or   g990 (n980, n892, n977, n920, n899);
nor  g991 (n1006, n935, n418, n966, n450);
xor  g992 (n982, n425, n938, n933, n969);
xnor g993 (n993, n736, n967, n414, n966);
nor  g994 (n1005, n933, n959, n914, n901);
and  g995 (n994, n978, n436, n912, n974);
xnor g996 (n1018, n975, n926, n907, n452);
xnor g997 (n1026, n969, n928, n426, n648);
and  g998 (n1016, n913, n965, n416, n428);
nor  g999 (n989, n415, n934, n971, n920);
xnor g1000 (n1034, n921, n974, n915, n438);
nand g1001 (n991, n978, n966, n652, n422);
xor  g1002 (n1020, n653, n443, n421, n895);
or   g1003 (n1011, n977, n972, n737, n427);
xnor g1004 (n988, n937, n441, n919, n971);
or   g1005 (n1014, n970, n976, n969, n896);
nand g1006 (n1024, n977, n918, n968, n902);
or   g1007 (n1008, n891, n737, n736, n898);
nor  g1008 (n1029, n929, n908, n424, n952);
xnor g1009 (n1025, n936, n903, n893, n916);
xor  g1010 (n1030, n906, n974, n970, n735);
xnor g1011 (n1017, n894, n737, n901, n939);
nor  g1012 (n1078, n787, n740);
xor  g1013 (n1070, n994, n987, n789);
xnor g1014 (n1041, n993, n992, n678);
xnor g1015 (n1045, n994, n942, n990);
xor  g1016 (n1047, n659, n984, n940);
nor  g1017 (n1058, n834, n792);
and  g1018 (n1039, n703, n940, n671);
nor  g1019 (n1100, n987, n705, n719);
nor  g1020 (n1053, n740, n688, n991);
or   g1021 (n1077, n672, n656, n939);
or   g1022 (n1096, n657, n942, n987);
xor  g1023 (n1065, n980, n787, n833);
or   g1024 (n1098, n982, n693, n986);
nand g1025 (n1064, n981, n996, n787);
xor  g1026 (n1103, n994, n834, n790);
xor  g1027 (n1060, n718, n658, n791);
nor  g1028 (n1072, n994, n791, n665);
and  g1029 (n1091, n941, n986, n791);
nand g1030 (n1056, n834, n674, n982);
and  g1031 (n1049, n988, n704, n679);
xnor g1032 (n1094, n706, n739, n983);
or   g1033 (n1051, n787, n986, n983);
nor  g1034 (n1055, n995, n790, n708);
nor  g1035 (n1059, n990, n833, n707);
nor  g1036 (n1066, n943, n685, n716);
or   g1037 (n1074, n993, n680, n995);
nand g1038 (n1061, n670, n788, n789);
xor  g1039 (n1085, n687, n668, n663);
and  g1040 (n1044, n983, n941, n833);
and  g1041 (n1082, n992, n792, n720);
or   g1042 (n1088, n980, n996, n667);
or   g1043 (n1079, n701, n995, n991);
nor  g1044 (n1038, n942, n660, n988);
or   g1045 (n1040, n833, n709, n686);
xor  g1046 (n1086, n790, n675, n989);
xor  g1047 (n1046, n791, n990, n944);
and  g1048 (n1080, n710, n677, n740);
xor  g1049 (n1050, n664, n673, n943);
nor  g1050 (n1068, n984, n940, n666);
xor  g1051 (n1102, n984, n662, n981);
xor  g1052 (n1054, n741, n991, n985);
xnor g1053 (n1069, n993, n943, n700);
xnor g1054 (n1071, n683, n987, n788);
nor  g1055 (n1090, n741, n995, n989);
xor  g1056 (n1043, n940, n944, n786);
or   g1057 (n1087, n786, n689, n714);
or   g1058 (n1099, n832, n989, n943);
xnor g1059 (n1084, n984, n996, n785);
nand g1060 (n1081, n982, n698, n717);
xor  g1061 (n1093, n990, n942, n711);
or   g1062 (n1063, n741, n980, n691);
nand g1063 (n1083, n993, n661, n985);
nand g1064 (n1101, n739, n741, n695);
or   g1065 (n1036, n986, n712, n789);
xor  g1066 (n1067, n992, n985, n941);
nand g1067 (n1097, n694, n697, n715);
xnor g1068 (n1076, n786, n985, n682);
xnor g1069 (n1035, n669, n980, n989);
and  g1070 (n1037, n713, n790, n981);
nor  g1071 (n1095, n738, n690, n788);
and  g1072 (n1075, n740, n944, n982);
nor  g1073 (n1052, n992, n702, n981);
xor  g1074 (n1048, n789, n983, n988);
nor  g1075 (n1042, n676, n739, n944);
and  g1076 (n1062, n788, n996, n655);
or   g1077 (n1073, n834, n991, n786);
xnor g1078 (n1092, n988, n684, n979);
and  g1079 (n1089, n739, n941, n699);
nor  g1080 (n1057, n681, n692, n696);
and  g1081 (n1108, n1011, n1015, n1061, n1006);
nand g1082 (n1150, n1016, n1010, n1027, n1005);
xnor g1083 (n1110, n1006, n997, n1078, n1020);
nand g1084 (n1137, n1009, n1008, n1004);
xnor g1085 (n1151, n1074, n1019, n1021, n1037);
or   g1086 (n1130, n796, n1002, n1021, n1026);
nand g1087 (n1107, n1011, n794, n1075, n1018);
and  g1088 (n1126, n794, n1035, n1008, n1081);
xnor g1089 (n1153, n1039, n1000, n1029, n796);
and  g1090 (n1142, n1023, n1027, n1014, n1049);
xnor g1091 (n1136, n1066, n1024, n1076, n1022);
and  g1092 (n1114, n1003, n1020, n795, n1044);
xor  g1093 (n1118, n1009, n1026, n1000, n1028);
xnor g1094 (n1111, n1003, n998, n1015, n1005);
or   g1095 (n1134, n1006, n1065, n795, n1017);
xnor g1096 (n1145, n1014, n795, n793, n1062);
or   g1097 (n1109, n1001, n1029, n1007, n1012);
and  g1098 (n1139, n1023, n997, n1022, n1045);
and  g1099 (n1123, n1016, n1024, n1068, n1072);
nand g1100 (n1127, n796, n1020, n1071, n1021);
and  g1101 (n1120, n1059, n1046, n1027, n1016);
xor  g1102 (n1121, n1056, n1050, n1007, n1003);
and  g1103 (n1146, n1000, n792, n1012, n1040);
xnor g1104 (n1148, n1084, n1018, n1048, n1005);
xor  g1105 (n1113, n1025, n1014, n1041, n1010);
nand g1106 (n1147, n1010, n1014, n1025, n999);
xnor g1107 (n1143, n1019, n1077, n1070, n1007);
or   g1108 (n1122, n1069, n1073, n1036, n1023);
or   g1109 (n1149, n1082, n1020, n1079, n1028);
xnor g1110 (n1135, n1016, n793, n997, n1023);
xor  g1111 (n1133, n1017, n998, n1024, n1053);
nand g1112 (n1116, n1013, n1001, n1060, n1083);
or   g1113 (n1105, n1029, n1015, n1028, n1008);
nor  g1114 (n1112, n1054, n1009, n1025, n1022);
nand g1115 (n1138, n1013, n1057, n793, n1022);
nor  g1116 (n1106, n1026, n1002, n1052, n1030);
nand g1117 (n1125, n1027, n1043, n1012, n1029);
nor  g1118 (n1104, n1011, n1004, n1024, n1063);
xor  g1119 (n1124, n1055, n1064, n1001, n796);
and  g1120 (n1115, n1012, n998, n1080, n999);
and  g1121 (n1152, n1013, n1017, n998, n1010);
xnor g1122 (n1128, n1017, n1051, n793, n1028);
and  g1123 (n1117, n1067, n1004, n1019);
nand g1124 (n1144, n1002, n1018, n794, n1007);
xor  g1125 (n1140, n1005, n1001, n997, n1011);
xor  g1126 (n1132, n999, n1038, n794, n1000);
xnor g1127 (n1129, n1009, n1015, n1002, n1042);
nand g1128 (n1119, n1013, n999, n795, n1004);
or   g1129 (n1131, n1047, n1006, n1003, n1058);
and  g1130 (n1141, n1025, n1018, n1021, n1026);
nor  g1131 (n1171, n1109, n1138, n1087, n1148);
and  g1132 (n1161, n1095, n1091, n1092, n1105);
xnor g1133 (n1155, n1097, n1122, n1135, n1139);
xor  g1134 (n1157, n1108, n1134, n1140, n1121);
xor  g1135 (n1174, n1101, n1141, n1123, n1120);
nand g1136 (n1165, n1089, n1032, n1150, n1117);
nand g1137 (n1158, n1127, n1146, n1118, n1137);
and  g1138 (n1170, n1114, n1103, n1034, n1130);
xor  g1139 (n1166, n1144, n1153, n1034, n1133);
xnor g1140 (n1162, n1125, n1152, n1104, n1098);
and  g1141 (n1164, n1086, n1096, n1129, n1030);
and  g1142 (n1168, n1112, n1033, n1110, n1128);
nand g1143 (n1160, n1090, n1126, n1113, n1031);
xor  g1144 (n1175, n1033, n1031, n1100, n1030);
nand g1145 (n1154, n1034, n1116, n1147, n1088);
or   g1146 (n1156, n1093, n1106, n1031);
and  g1147 (n1159, n1094, n1143, n1102, n1099);
or   g1148 (n1163, n1142, n1111, n1131, n1107);
or   g1149 (n1169, n1124, n1030, n1032, n1085);
nor  g1150 (n1172, n1115, n1032, n1136, n1033);
or   g1151 (n1173, n1151, n1034, n1033, n1145);
xnor g1152 (n1167, n1032, n1149, n1132, n1119);
endmodule